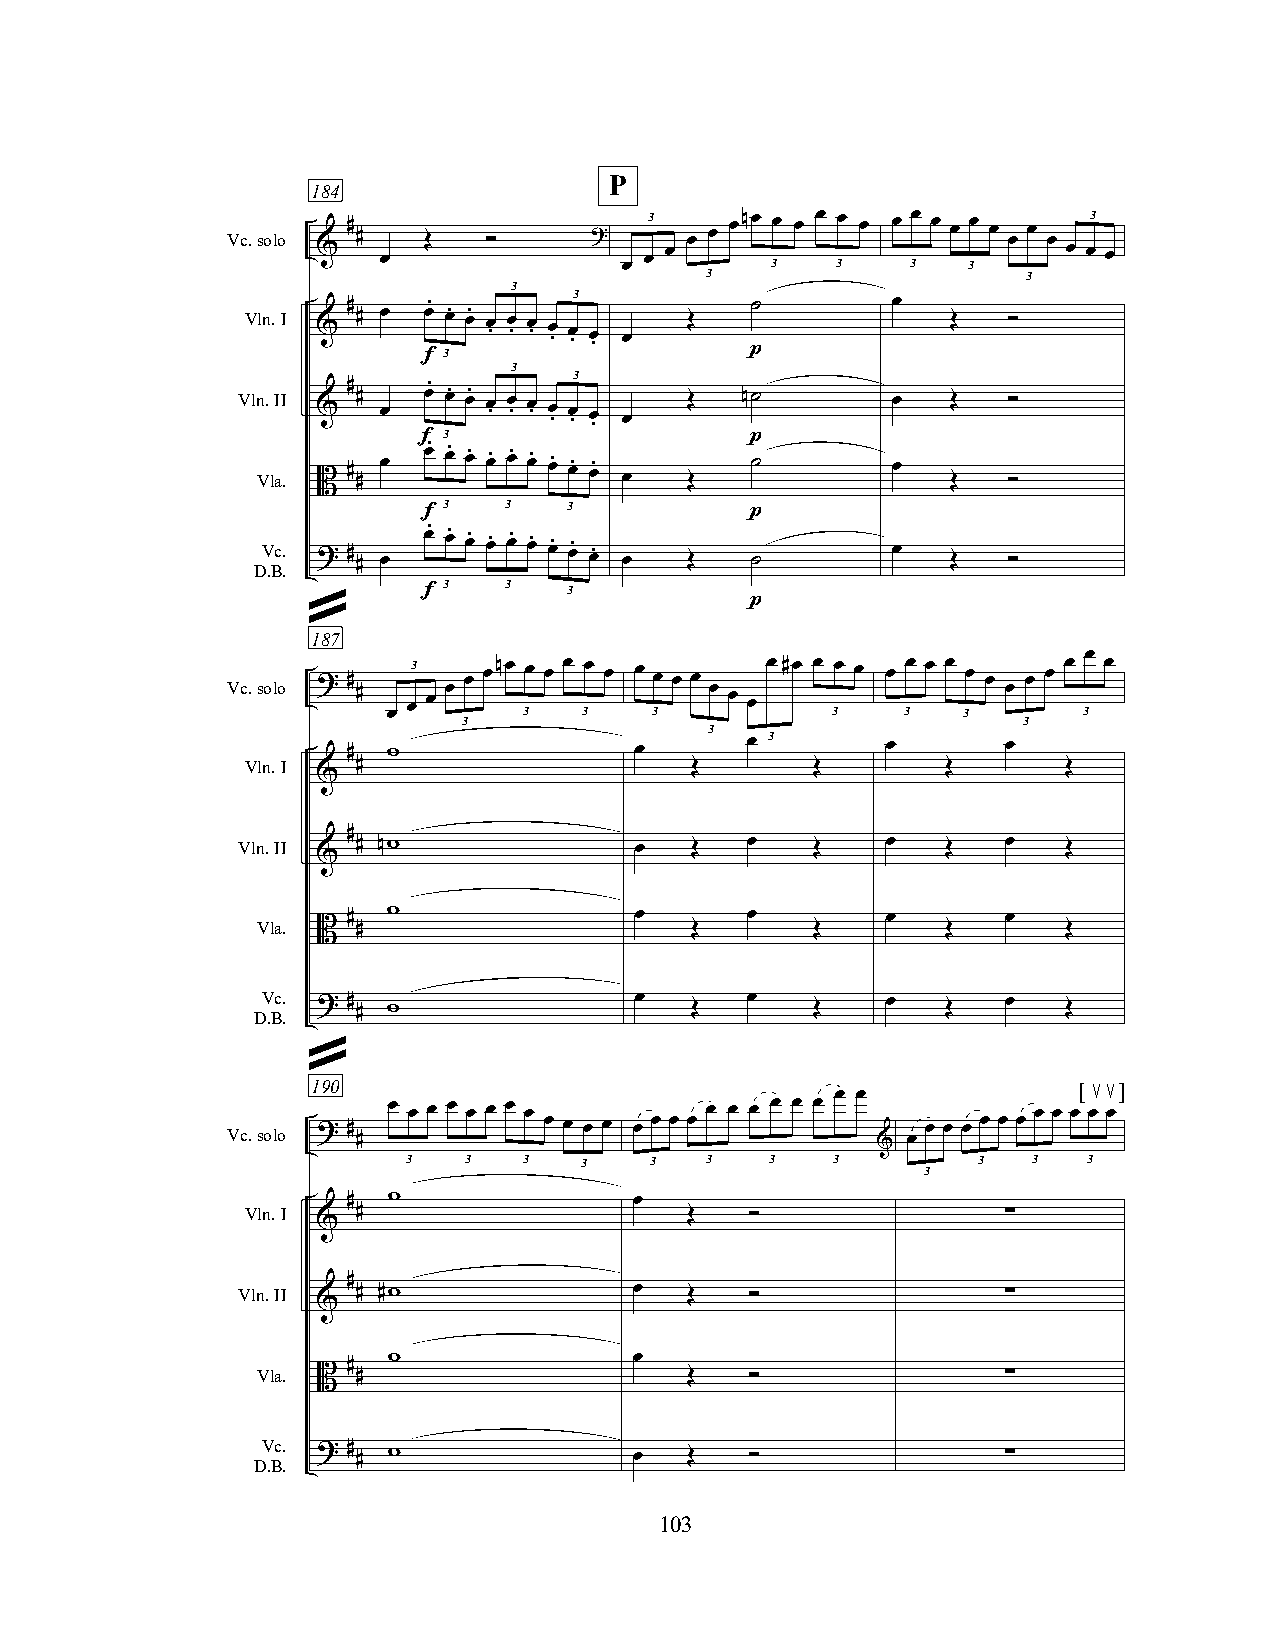
P
 184
 Vc.solo # #  Œ   ”      ?   3 œ œ œnœ œ œ œ œ œ œ œ œ œ œ œ œ œ œ 3
 &   œ                 œ œ     3   3    3   3      œ œ œ
 œ     3                    3
 3
 3
 Vln.I & # # œ œ f. 3œ. œ. œ . œ .
 3
 œ . œ . œ . œ . œ Œ p˙  œ   Œ   ”
 3
 Vln.II & # # œ œ. 3œ. œ. œ . œ . œ . œ . œ . œ . œ Œ n˙ œ Œ ”
 Vla. B # # œ f œ. œ. œ. œ. œ. œ. œ. œ. œ. œ Œ p ˙ œ Œ ”
 3   3    3
 f                     p
 DV .Bc.
 .
 ? #
 # œ
 œ. œ. œ. œ. œ. œ. œ. œ. œ.
 œ   Œ    ˙
 œ
 Œ   ”
 3   3
 3
 f
 »                             p
 187
 Vc.solo ? # 3   œ œnœ œ œ œ œ œ œ œ œ œ œ#œ œ œ œ œ œ œ œ œ œ œ œ œ œ œ
 #  œ œ œ   3   3   3   œ œ œ   3    3   3  œ    3
 œ    3                                    3
 3
 3
 #  w               œ      œ         œ       œ
 Vln.I   #                     Œ       Œ        Œ      Œ
 &
 #
 Vln.II  # nw              œ   Œ  œ    Œ    œ   Œ   œ  Œ
 &
 Vla.  #  w               œ      œ         œ       œ
 B  #                     Œ       Œ        Œ      Œ
 Vc. ? #                  œ      œ         œ       œ
 D.B.   # w                   Œ       Œ        Œ      Œ
 »
 190                                               [  ]
 œ œ œ œ œ œ œ œ      œ œ œ œ œ œ œ œ      œ œ œ œ≤ œ≤
 Vc.solo ? #          œ œ œ œ œ œ œ œ          œ œ œ œ œ œ
 #                                 & œ
 3   3   3  3    3   3   3   3         3  3   3
 3
 #  w               œ
 Vln.I   #                    Œ    ”                ∑
 &
 #
 Vln.II  # #w              œ  Œ    ”                ∑
 &
 w               œ
 Vla.  #
 B  #                    Œ    ”                ∑
 Vc.
 D.B. ? # # w             œ  Œ    ”                ∑
 103